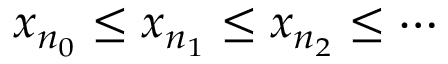
x _ { n _ { 0 } } \leq x _ { n _ { 1 } } \leq x _ { n _ { 2 } } \leq \cdots